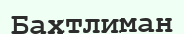
Бахтлиман